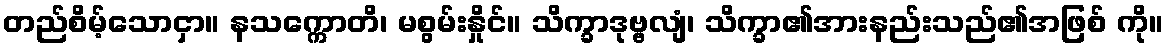
တည်စိမ့်သောငှာ။ နသက္ကောတိ၊ မစွမ်းနှိုင်။ သိက္ခာဒုဗ္ဗလျံ၊ သိက္ခာ၏အားနည်းသည်၏အဖြစ် ကို။